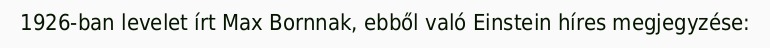
1926-ban levelet írt Max Bornnak, ebből való Einstein híres megjegyzése: